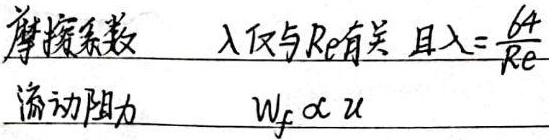
摩擦系数 $\lambda$ 仅与 $Re$ 有关，且 $\lambda=\frac{64}{Re}$，流动阻力 $W_{f}\propto u$